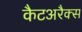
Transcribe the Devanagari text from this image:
कैटअरैक्स